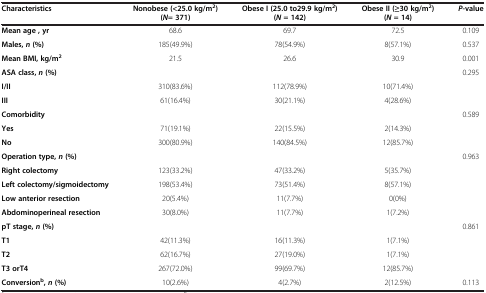
<table><thead><tr><td><b>Characteristics</b></td><td><b>Nonobese (&lt;25.0 kg/m<sup>2</sup>) ( <i>N </i>= 371)</b></td><td><b>Obese I (25.0 to29.9 kg/m<sup>2</sup>) (<i>N </i>= 142)</b></td><td><b>Obese II (≥30 kg/m<sup>2</sup>) (<i>N </i>= 14)</b></td><td><b><i>P</i>-value</b></td></tr></thead><tbody><tr><td><b>Mean age , yr</b></td><td>68.6</td><td>69.7</td><td>72.5</td><td>0.109</td></tr><tr><td><b>Males, </b><b><i>n </i></b><b>(%)</b></td><td>185(49.9%)</td><td>78(54.9%)</td><td>8(57.1%)</td><td>0.537</td></tr><tr><td><b>Mean BMI, kg/m</b><sup><b>2</b></sup></td><td>21.5</td><td>26.6</td><td>30.9</td><td>0.001</td></tr><tr><td><b>ASA class, </b><b><i>n </i></b><b>(%)</b></td><td> </td><td> </td><td> </td><td>0.295</td></tr><tr><td><b>I/II</b></td><td>310(83.6%)</td><td>112(78.9%)</td><td>10(71.4%)</td><td> </td></tr><tr><td><b>III</b></td><td>61(16.4%)</td><td>30(21.1%)</td><td>4(28.6%)</td><td> </td></tr><tr><td><b>Comorbidity</b></td><td> </td><td> </td><td> </td><td>0.589</td></tr><tr><td><b>Yes</b></td><td>71(19.1%)</td><td>22(15.5%)</td><td>2(14.3%)</td><td> </td></tr><tr><td><b>No</b></td><td>300(80.9%)</td><td>140(84.5%)</td><td>12(85.7%)</td><td> </td></tr><tr><td><b>Operation type, </b><b><i>n </i></b><b>(%)</b></td><td> </td><td> </td><td> </td><td>0.963</td></tr><tr><td><b>Right colectomy</b></td><td>123(33.2%)</td><td>47(33.2%)</td><td>5(35.7%)</td><td> </td></tr><tr><td><b>Left colectomy/sigmoidectomy</b></td><td>198(53.4%)</td><td>73(51.4%)</td><td>8(57.1%)</td><td> </td></tr><tr><td><b>Low anterior resection</b></td><td>20(5.4%)</td><td>11(7.7%)</td><td>0(0%)</td><td> </td></tr><tr><td><b>Abdominoperineal resection</b></td><td>30(8.0%)</td><td>11(7.7%)</td><td>1(7.2%)</td><td> </td></tr><tr><td><b>pT stage, </b><b><i>n </i></b><b>(%)</b></td><td> </td><td> </td><td> </td><td>0.861</td></tr><tr><td><b>T1</b></td><td>42(11.3%)</td><td>16(11.3%)</td><td>1(7.1%)</td><td> </td></tr><tr><td><b>T2</b></td><td>62(16.7%)</td><td>27(19.0%)</td><td>1(7.1%)</td><td> </td></tr><tr><td><b>T3 orT4</b></td><td>267(72.0%)</td><td>99(69.7%)</td><td>12(85.7%)</td><td> </td></tr><tr><td><b>Conversion</b><sup>b</sup>, <i>n</i> (%)</td><td>10(2.6%)</td><td>4(2.7%)</td><td>2(12.5%)</td><td>0.113</td></tr></tbody></table>